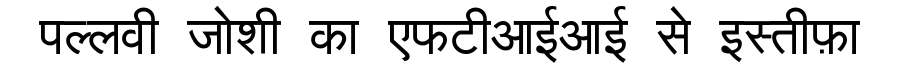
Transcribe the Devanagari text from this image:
पल्लवी जोशी का एफटीआईआई से इस्तीफ़ा